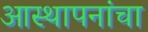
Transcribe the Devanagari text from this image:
आस्थापनांचा